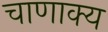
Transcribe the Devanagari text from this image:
चाणाक्य